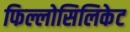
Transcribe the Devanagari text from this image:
फिल्लोसिलिकेट